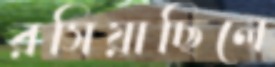
রসিয়াছিলে